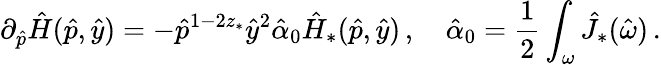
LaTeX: \partial_{\hat{p}}\hat{H}(\hat{p},\hat{y})=-\hat{p}^{1-2z_{*}}\hat{y}^{2}\hat{\alpha}_{0}\hat{H}_{*}(\hat{p},\hat{y})\, ,\quad\hat{\alpha}_{0}=\frac 12\int_{\omega}\hat{J}_{*}(\hat{\omega})\, .